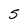
Character: 5